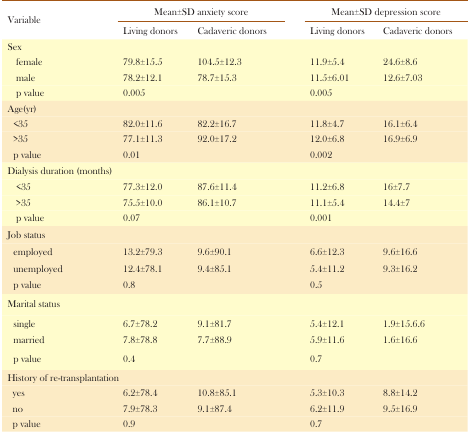
<table><thead><tr><td rowspan="2"><b>Variable</b></td><td colspan="2"><b>Mean±SD anxiety score</b></td><td colspan="2"><b>Mean±Sd depression score</b></td></tr><tr><td><b>Living donors</b></td><td><b>Cadaveric donors</b></td><td><b>Living donors</b></td><td><b>Cadaveric donors</b></td></tr></thead><tbody><tr><td>Sex</td><td></td><td></td><td></td><td></td></tr><tr><td>female</td><td>79.8±15.5</td><td>104.5±12.3</td><td>11.9±5.4</td><td>24.6±8.6</td></tr><tr><td>male</td><td>78.2±12.1</td><td>78.7±15.3</td><td>11.5±6.01</td><td>12.6±7.03</td></tr><tr><td>p value</td><td colspan="2">0.005</td><td colspan="2">0.005</td></tr><tr><td>Age(yr)</td><td></td><td></td><td></td><td></td></tr><tr><td>&lt;35</td><td>82.0±11.6</td><td>82.2±16.7</td><td>11.8±4.7</td><td>16.1±6.4</td></tr><tr><td>&gt;35</td><td>77.1±11.3</td><td>92.0±17.2</td><td>12.0±6.8</td><td>16.9±6.9</td></tr><tr><td>p value</td><td colspan="2">0.01</td><td colspan="2">0.002</td></tr><tr><td colspan="3">Dialysis duration (months)</td><td></td><td></td></tr><tr><td>&lt;35</td><td>77.3±12.0</td><td>87.6±11.4</td><td>11.2±6.8</td><td>16±7.7</td></tr><tr><td>&gt;35</td><td>75.5±10.0</td><td>86.1±10.7</td><td>11.1±5.4</td><td>14.4±7</td></tr><tr><td>p value</td><td colspan="2">0.07</td><td colspan="2">0.001</td></tr><tr><td>Job status</td><td></td><td></td><td></td><td></td></tr><tr><td>employed</td><td>13.2±79.3</td><td>9.6±90.1</td><td>6.6±12.3</td><td>9.6±16.6</td></tr><tr><td>unemployed</td><td>12.4±78.1</td><td>9.4±85.1</td><td>5.4±11.2</td><td>9.3±16.2</td></tr><tr><td>p value</td><td colspan="2">0.8</td><td colspan="2">0.5</td></tr><tr><td colspan="2">Marital status</td><td></td><td></td><td></td></tr><tr><td>single</td><td>6.7±78.2</td><td>9.1±81.7</td><td>5.4±12.1</td><td>1.9±15.6.6</td></tr><tr><td>married</td><td>7.8±78.8</td><td>7.7±88.9</td><td>5.9±11.6</td><td>1.6±16.6</td></tr><tr><td>p value</td><td colspan="2">0.4</td><td colspan="2">0.7</td></tr><tr><td colspan="5">History of re-transplantation</td></tr><tr><td>yes</td><td>6.2±78.4</td><td>10.8±85.1</td><td>5.3±10.3</td><td>8.8±14.2</td></tr><tr><td>no</td><td>7.9±78.3</td><td>9.1±87.4</td><td>6.2±11.9</td><td>9.5±16.9</td></tr><tr><td>p value</td><td colspan="2">0.9</td><td colspan="2">0.7</td></tr></tbody></table>